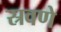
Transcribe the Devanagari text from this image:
स्रवणे